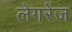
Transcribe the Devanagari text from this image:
लेगरेंज